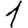
Digit: 1